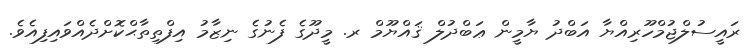
ރައީސުލްޖުމްހޫރިއްޔާ އަބްދު ޔާމީން ޢަބްދުލް ޤައްޔޫމް ރ. މީދޫގެ ފެނުގެ ނިޒާމު އިފްތިތާޙްކޮށްދެއްވައިފިއެވެ.